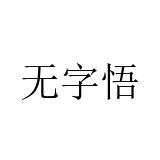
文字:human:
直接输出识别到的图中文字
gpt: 无字悟